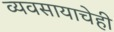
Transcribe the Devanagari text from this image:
व्यवसायाचेही